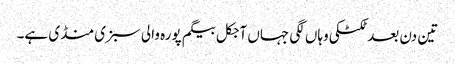
تین دن بعد ٹکٹکی وہاں لگی جہاں آجکل بیگم پورہ والی سبزی منڈی ہے۔